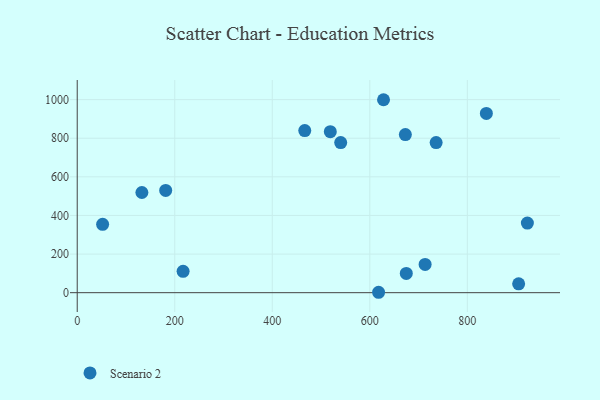
{"axis": {"x": "Engine Size", "y": "Demand"}, "legend": ["Scenario 2"], "data": [{"x": "736.0", "y": 777.6, "type": "Scenario 2"}, {"x": "181.4", "y": 529.4, "type": "Scenario 2"}, {"x": "839.0", "y": 928.5, "type": "Scenario 2"}, {"x": "905.2", "y": 46.1, "type": "Scenario 2"}, {"x": "923.1", "y": 360.3, "type": "Scenario 2"}, {"x": "674.8", "y": 99.5, "type": "Scenario 2"}, {"x": "713.4", "y": 146.6, "type": "Scenario 2"}, {"x": "628.1", "y": 999.4, "type": "Scenario 2"}, {"x": "519.0", "y": 833.7, "type": "Scenario 2"}, {"x": "618.0", "y": 2.1, "type": "Scenario 2"}, {"x": "132.6", "y": 518.8, "type": "Scenario 2"}, {"x": "466.6", "y": 839.5, "type": "Scenario 2"}, {"x": "540.3", "y": 777.5, "type": "Scenario 2"}, {"x": "217.1", "y": 110.5, "type": "Scenario 2"}, {"x": "52.1", "y": 354.3, "type": "Scenario 2"}, {"x": "672.9", "y": 819.1, "type": "Scenario 2"}]}